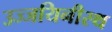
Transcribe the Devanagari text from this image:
उज्जयिनीस्थ